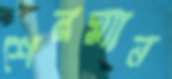
শেরম্যান